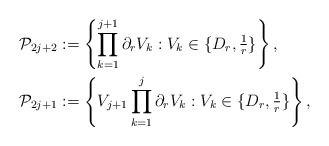
LaTeX: \begin{align*}\mathcal{P}_{2 j +2}&:=\left\lbrace \prod_{k=1}^{j+1} \partial_r V_k : V_k \in \{ D_r, \tfrac{1}{r} \} \right\rbrace , \\\mathcal{P}_{2 j +1}&:= \left\lbrace V_{j+1} \prod_{k=1}^{j} \partial_r V_k : V_k \in \{ D_r,\tfrac{1}{r} \} \right\rbrace , \end{align*}